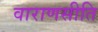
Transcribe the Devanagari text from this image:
वाराणसीति